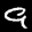
Label: 9